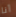
أنا